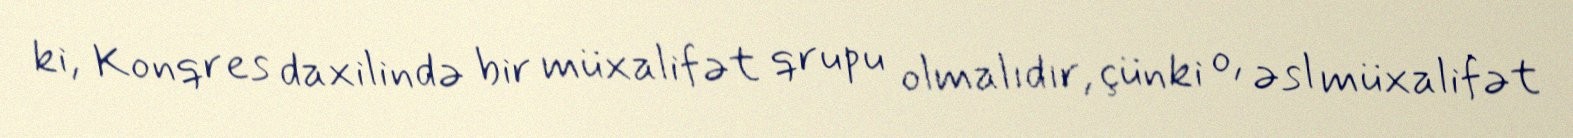
ki, Konqres daxilində bir müxalifət qrupu olmalıdır, çünki o, əsl müxalifət